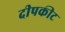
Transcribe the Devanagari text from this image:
दीपकीट